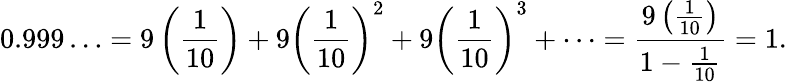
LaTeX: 0.999\ldots=9\left({\frac{1}{10}}\right)+9\left({\frac{1}{10}}\right)^{2}+9\left({\frac{1}{10}}\right)^{3}+\cdots={\frac{9\left({\frac{1}{10}}\right)}{1-{\frac{1}{10}}}}=1.